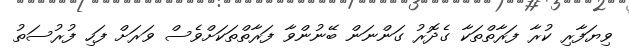
ވިޔަފާރި ކުރާ ފަރާތްތަކާ ގެދޮރު ގަންނަން ބޭނުންވާ ފަރާތްތަކަށްވެސް ވަރަށް ފަހި ފުރުސަތު